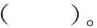
( )。